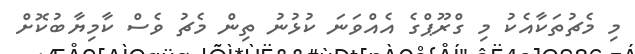
މި މެޗުތަކާއެކު މި ގްރޫޕްގެ އެއްވަނަ ކުޅުނު ތިން މެޗު ވެސް ކާމިޔާބުކޮށް